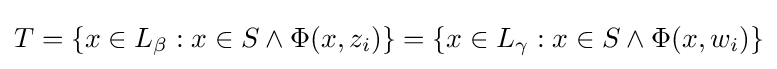
T=\{x\in L_{\beta }:x\in S\wedge \Phi (x,z_{i})\}=\{x\in L_{\gamma }:x\in S\wedge \Phi (x,w_{i})\}